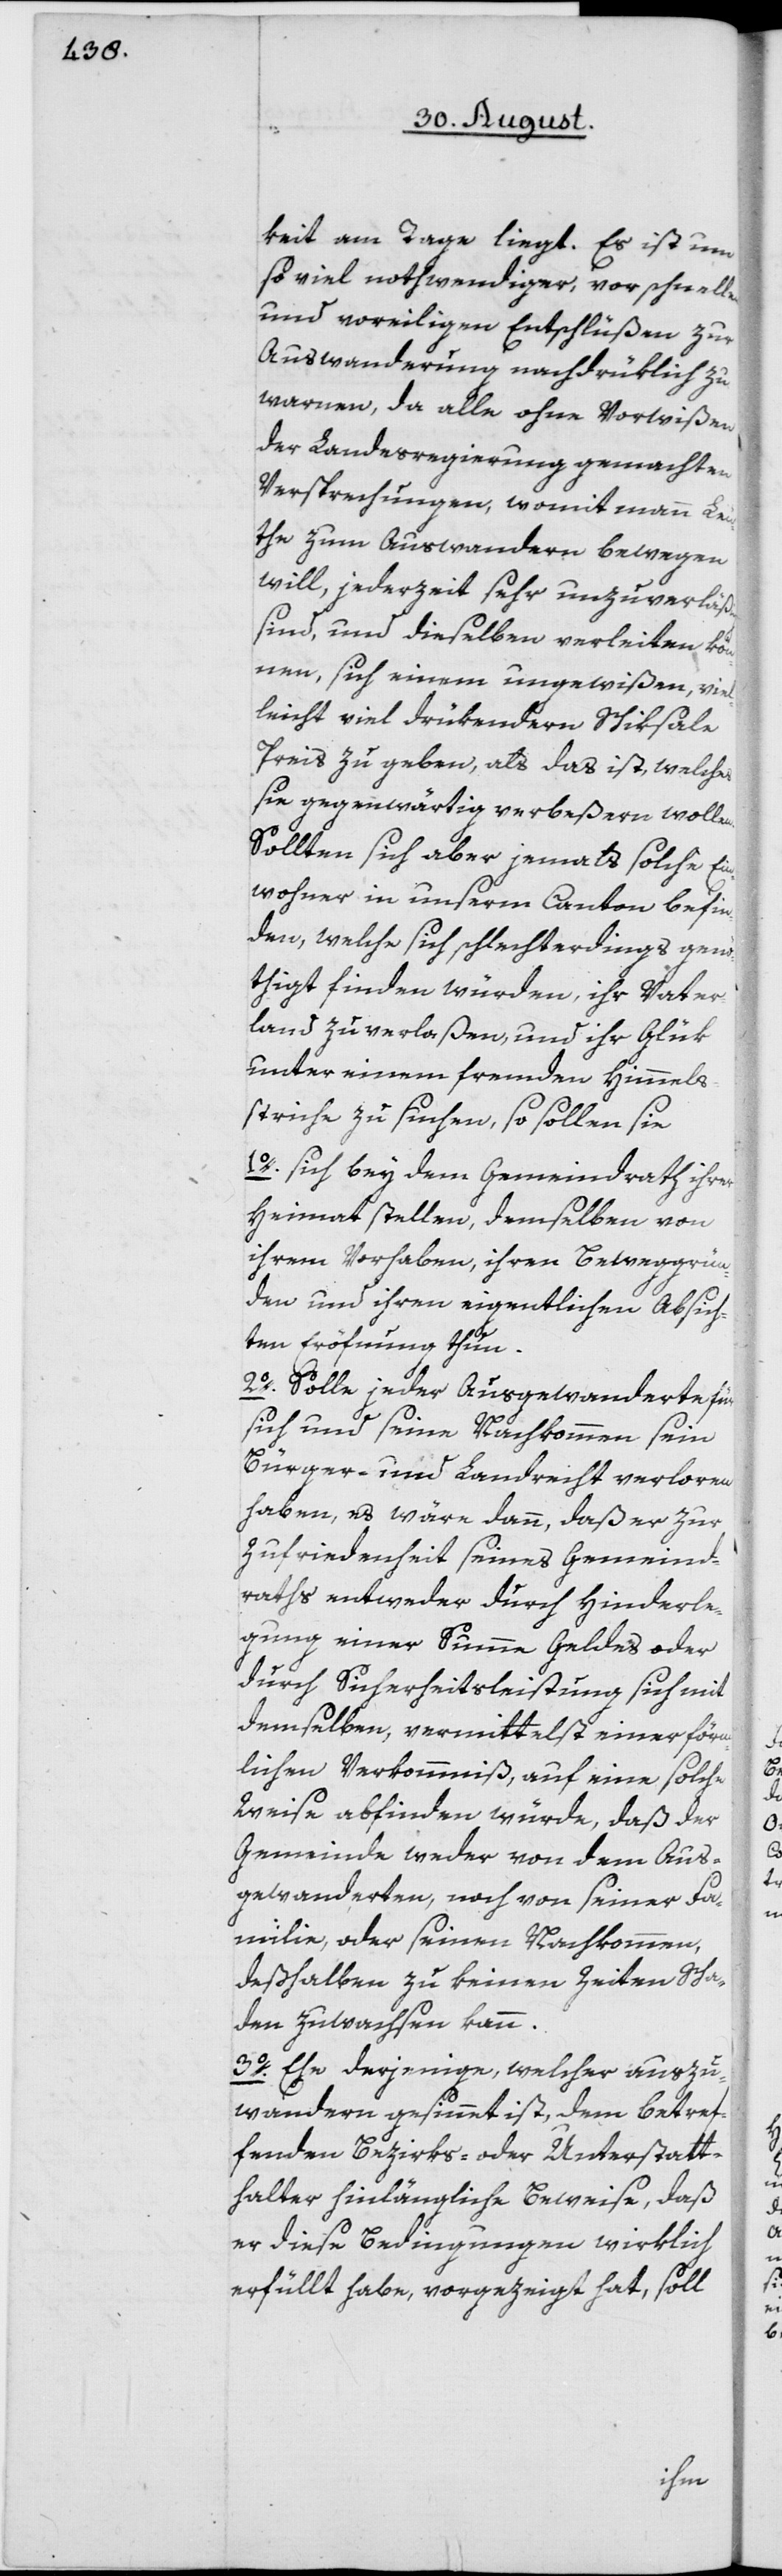
keit am Tage liegt. Es ist um
so viel nothwendiger, vor schnellen
und voreiligen Entschlüßen zur
Auswanderung nachdrüklich zu
warnen, da alle ohne Vorwißen
der Landesregierung gemachten
Versprechungen, womit mann Le¬
uthe zum Auswandern bewegen
will, jederzeit sehr unzuverläßig
sind, und dieselben verleiten kön¬
nen, sich einem ungewißen, viel¬
leicht viel drükendern Schiksale
Preis zu geben, als das ist, welches
sie gegenwärtig verbeßern wollen.
Sollten sich aber jemals solche Ein¬
wohner in unserm Canton befin¬
den, welche sich schlechterdings genö¬
thigt finden würden, ihr Vater¬
land zu verlaßen, und ihr Glük
unter einem fremden Himmels¬
striche zu suchen, so sollen sie
1o. sich bey dem Gemeindrath ihrer
Heimat stellen, demselben von
ihrem Vorhaben, ihren Beweggrün¬
den und ihren eigentlichen Absich¬
ten Eröfnung thun.
2o. Solle jeder Ausgewanderte für
sich und seine Nachkommen sein
Bürger- und Landrecht verloren
haben, es wäre dann, daß er zur
Zufriedenheit seines Gemeind¬
raths entweder durch Hinderle¬
gung einer Summe Geldes oder
durch Sicherheitsleistung sich mit
demselben, vermittelst einer förm¬
lichen Verkommniß, auf eine solche
Weise abfinden würde, daß der
Gemeinde weder von dem Aus¬
gewanderten, noch von seiner Fa¬
milie, oder seinen Nachkommen,
deßhalben zu keinen Zeiten Scha¬
den zuwachsen kann.
3o. Ehe derjenige, welcher auszu¬
wandern gesinnet ist, dem betref¬
fenden Bezirks- oder Unterstatt¬
halter hinlängliche Beweise, daß
er diese Bedingungen wirklich
erfüllt habe, vorgezeigt hat, soll